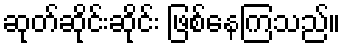
ဆုတ်ဆိုင်းဆိုင်း ဖြစ်နေကြသည်။